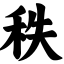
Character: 秩